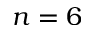
n = 6